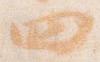
四